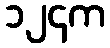
၁၂၄က